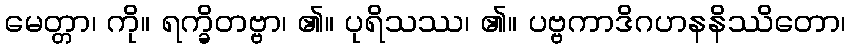
မေတ္တာ၊ ကို။ ရက္ခိတဗ္ဗာ၊ ၏။ ပုရိသဿ၊ ၏။ ပဗ္ဗကာဒိဂဟနနိဿိတော၊